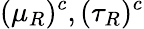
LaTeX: (\mu_{R})^{c},(\tau_{R})^{c}